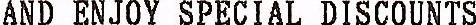
AND ENJOY SPECIAL DISCOUNTS